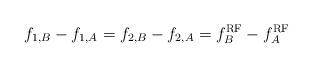
LaTeX: \begin{align*}{f_{1,B}} - {f_{1,A}} = {f_{2,B}} - {f_{2,A}} = f_B^{{\rm{RF}}} - f_A^{{\rm{RF}}}\end{align*}